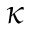
\kappa